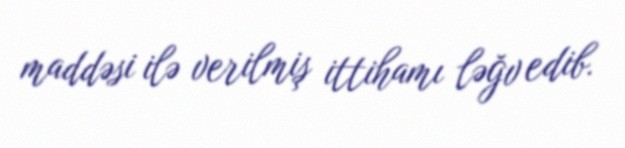
maddəsi ilə verilmiş ittihamı ləğv edib.